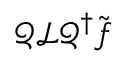
\boldsymbol { \mathcal { Q } } \boldsymbol { \mathcal { L } } \boldsymbol { \mathcal { Q } } ^ { \dagger } \tilde { \boldsymbol { f } }